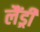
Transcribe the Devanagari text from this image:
लैंड्री